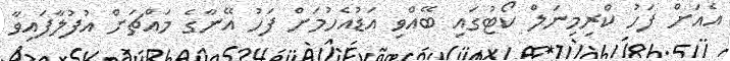
އެއަށް ފަހު ކްރިމިނަލް ކޯޓުގައި ބޭއްވި އަޑުއެހުމަށް ފަހު އޭނާގެ މައްޗަށް އުފުލާފައިވާ